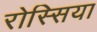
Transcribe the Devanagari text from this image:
रोस्सिया